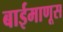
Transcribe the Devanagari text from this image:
बाईमाणूस